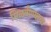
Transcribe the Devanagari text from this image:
मिळवीण्याचा